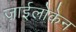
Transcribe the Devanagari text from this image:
ज़ाईलोकेन